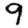
Digit: 9